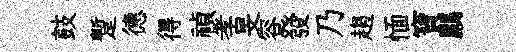
鼓蹔德得禎孝旻容發乃趨愐寶鸝